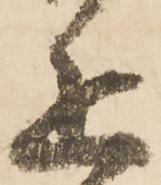
追